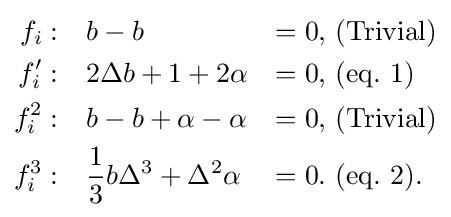
{\begin{aligned}f_{i}:&\ \ \ b-b&=0,&\ \mathrm {(Trivial)} \\f'_{i}:&\ \ \ 2\Delta b+1+2\alpha &=0,&\ \mathrm {(eq.\ 1)} \\f_{i}^{2}:&\ \ \ b-b+\alpha -\alpha &=0,&\ \mathrm {(Trivial)} \\f_{i}^{3}:&\ \ \ {\frac {1}{3}}b\Delta ^{3}+\Delta ^{2}\alpha &=0.&\ \mathrm {(eq.\ 2)} .\end{aligned}}